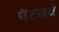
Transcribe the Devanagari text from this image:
पॅटनचे